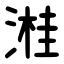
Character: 溎